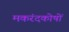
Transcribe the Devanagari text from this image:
मकरंदकोषों